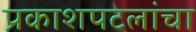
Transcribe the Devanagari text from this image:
प्रकाशपटलांचा